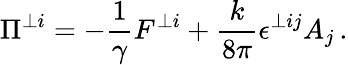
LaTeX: \Pi^{\perp i}=-\frac{1}{\gamma}F^{\perp i}+\frac{k}{8\pi}\epsilon^{\perp ij}A_{j}\, .